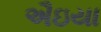
ઐઇયા